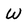
Character: W